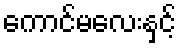
ကောင်မလေးနှင့်